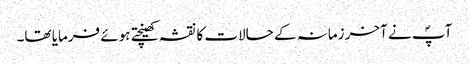
آپؐ نے آخر زمانہ کے حالات کا نقشہ کھینچتے ہوئے فرمایا تھا۔